Causation and prevention of malarial fevers: a statement of the results of researches drawn up for the use of assistant surgeons, hospital assistants and students
Disease focus: Malaria
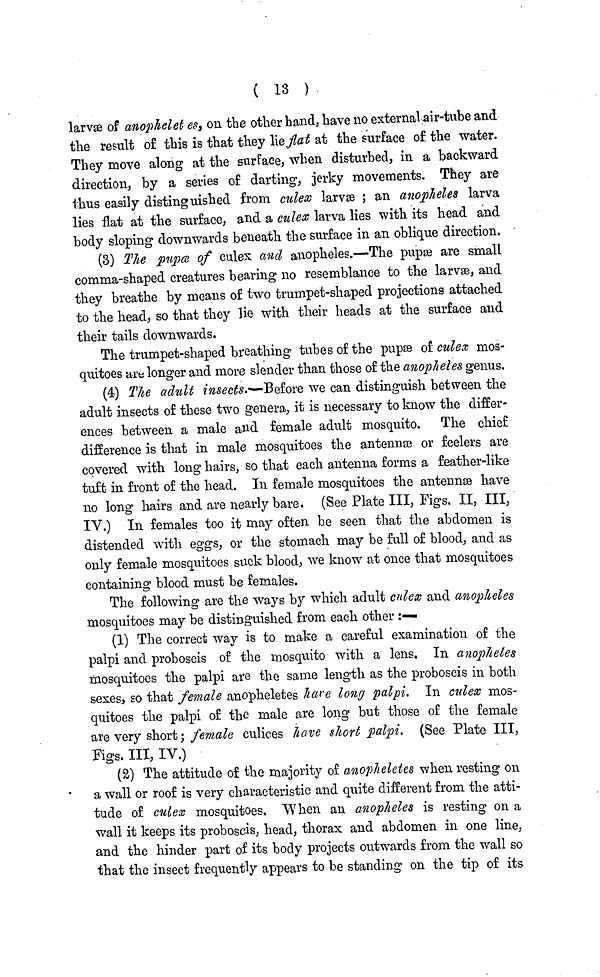
( 13 )
larvæ of anophelet es, on the other hand, have no external air-tube and
the result of this is that they lie flat at the surface of the water.
They move along at the surface; when disturbed, in a backward
direction, by a series of darting, jerky movements. They are
thus easily distinguished from culex larvæ ; an anopheles larva
lies flat at the surface, and a culex larva lies with its head and
body sloping downwards beneath the surface in an oblique direction.
(3) The pupœ of culex and anopheles.—The pupæ are small
comma-shaped creatures bearing no resemblance to the larvæ, and
they breathe by means of two trumpet-shaped projections attached
to the head, so that they lie with their heads at the surface and
their tails downwards.
The trumpet-shaped breathing tubes of the pupæ of culex mos-
quitoes are longer and more slender than those of the anopheles genus.
(4) The adult insects.—Before we can distinguish between the
adult insects of these two genera, it is necessary to know the differ-
ences between a male and female adult mosquito. The chief
difference is that in male mosquitoes the antennæ or feelers are
covered with long hairs, so that each antenna forms a feather-like
tuft in front of the head. In female mosquitoes the antennæ have
no long hairs and are nearly bare. (See Plate III, Figs. II, III,
IV.) In females too it may often be seen that the abdomen is
distended with eggs, or the stomach may be full of blood, and as
only female mosquitoes suck blood, we know at once that mosquitoes
containing blood must be females.
The following are the ways by which adult culex and anopheles
mosquitoes may be distinguished from each other :—
(1) The correct way is to make a careful examination of the
palpi and proboscis of the mosquito with a lens. In anopheles
mosquitoes the palpi are the same length as the proboscis in both
sexes, so that female anopheletes have long palpi. In culex mos-
quitoes the palpi of the male are long but those of the female
are very short; female culices have short palpi. (See Plate III,
Figs. III, IV.)
(2) The attitude of the majority of anopheletes when resting on
a wall or roof is very characteristic and quite different from the atti-
tude of culex mosquitoes. When an anopheles is resting on a
wall it keeps its proboscis, head, thorax and abdomen in one line,
and the hinder part of its body projects outwards from the wall so
that the insect frequently appears to be standing on the tip of its